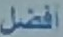
أفضل